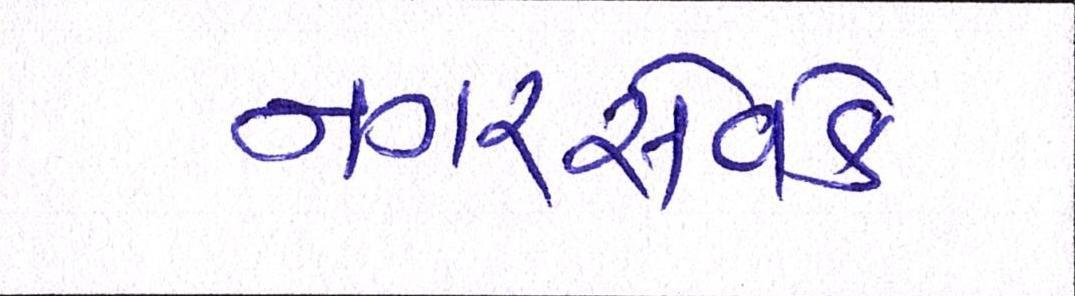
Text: નગરસેવકે